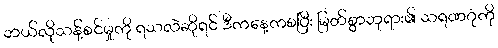
ဘယ်လိုသန့်စင်မှုကို ရသလဲဆိုရင် ဒီကနေ့ကစပြီး မြတ်စွာဘုရား၏ သရဏဂုံကို